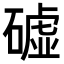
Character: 𥕰